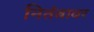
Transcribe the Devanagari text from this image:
नितंबावर